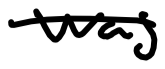
Text: was
Cross-out: single-line
Writing tool: digital_black